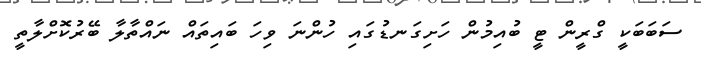
ސަބަބަކީ ގްރީން ޓީ ބުއިމުން ހަށިގަނޑުގައި ހުންނަ ވިހަ ބައިތައް ނައްތާލާ ބޭރުކޮށްލާތީ